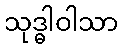
သုဒ္ဓါဝါသာ